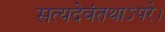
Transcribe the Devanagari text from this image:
सत्यदेवंतथाऽपरे।